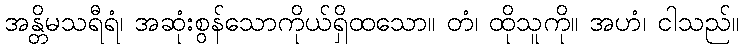
အန္တိမသရီရံ၊ အဆုံးစွန်သောကိုယ်ရှိထသော။ တံ၊ ထိုသူကို။ အဟံ၊ ငါသည်။